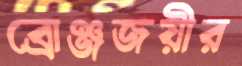
ব্রোঞ্জজয়ীর